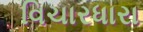
વિચારધારા